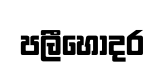
පලීහොදර